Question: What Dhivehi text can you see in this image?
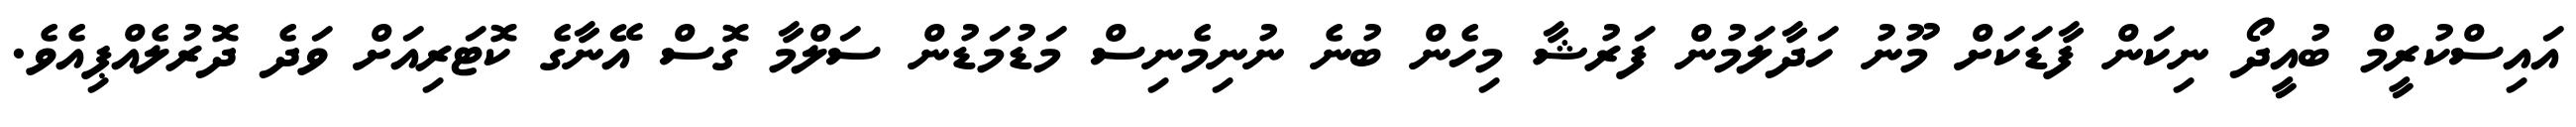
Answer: އައިސްކުރީމް ބުއީދޯ ނިކަން ފާޑަކަށް މޫނު ހަދާލަމުން ފަރުޝާ މިހެން ބުނެ ނުނިމެނިސް މަޑުމަޑުން ސަލްމާ ގޮސް އޭނާގެ ކޮޓަރިއަށް ވަދެ ދޮރުލެއްޕިއެވެ.